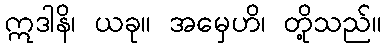
ဣဒါနိ၊ ယခု။ အမှေဟိ၊ တို့သည်။